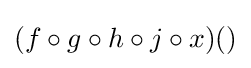
(f\circ g\circ h\circ j\circ x)()